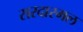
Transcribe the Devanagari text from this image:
सरदारमल